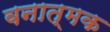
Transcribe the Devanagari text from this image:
वनात्मक